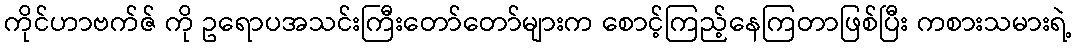
ကိုင်ဟာဗက်ဇ် ကို ဥရောပအသင်းကြီးတော်တော်များက စောင့်ကြည့်နေကြတာဖြစ်ပြီး ကစားသမားရဲ့